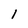
Character: l